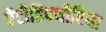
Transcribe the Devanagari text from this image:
ऐंटीडिपथीरिया